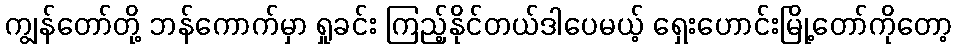
ကျွန်တော်တို့ ဘန်ကောက်မှာ ရှုခင်း ကြည့်နိုင်တယ်ဒါပေမယ့် ရှေးဟောင်းမြို့တော်ကိုတော့